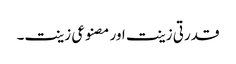
قدرتی زینت اور مصنوعی زینت۔